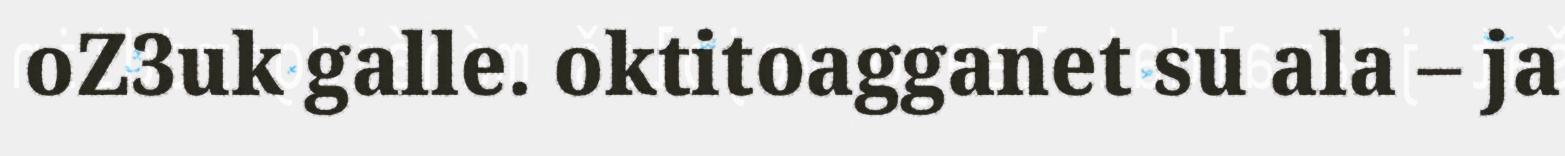
oZ3uk galle. oktitoagganet su ala – ja